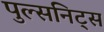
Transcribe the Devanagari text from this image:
पुल्सनिट्स